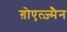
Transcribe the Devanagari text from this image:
ग़ोएत्ज़्मैन